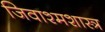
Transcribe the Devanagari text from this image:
जिवाश्मशास्त्र